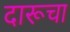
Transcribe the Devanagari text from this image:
दारूचा